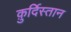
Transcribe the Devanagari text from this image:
क़ुर्दिस्तान